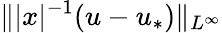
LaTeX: \Vert|x|^{-1}(u-u_{*})\Vert_{L^{\infty}}